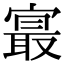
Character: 𪧨